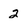
Character: 2